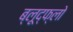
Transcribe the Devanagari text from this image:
ब्लूद्फ्लो